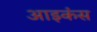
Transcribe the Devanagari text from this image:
आइकंस